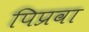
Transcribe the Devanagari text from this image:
पिप्रवा